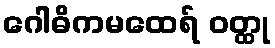
ဂေါဓိကမထေရ် ဝတ္ထု